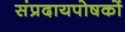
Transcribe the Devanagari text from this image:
संप्रदायपोषकों